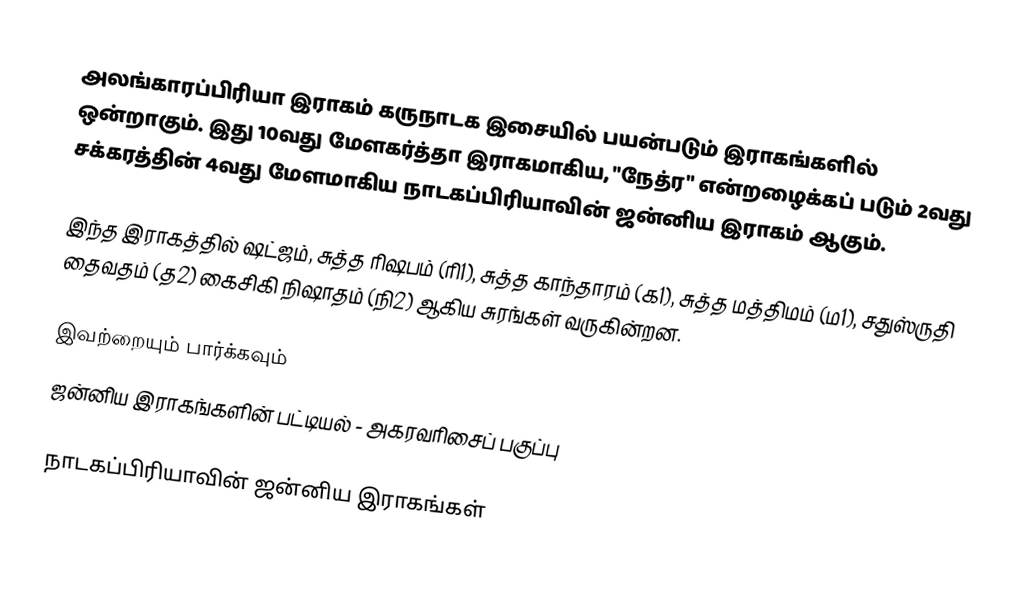
அலங்காரப்பிரியா இராகம் கருநாடக இசையில் பயன்படும் இராகங்களில் ஒன்றாகும். இது 10வது மேளகர்த்தா இராகமாகிய, "நேத்ர" என்றழைக்கப் படும் 2வது சக்கரத்தின் 4வது மேளமாகிய நாடகப்பிரியாவின் ஜன்னிய இராகம் ஆகும்.

இந்த இராகத்தில் ஷட்ஜம், சுத்த ரிஷபம் (ரி1),  சுத்த காந்தாரம் (க1), சுத்த மத்திமம் (ம1),  சதுஸ்ருதி தைவதம் (த2) கைசிகி நிஷாதம்  (நி2) ஆகிய சுரங்கள் வருகின்றன.

இவற்றையும் பார்க்கவும்
 ஜன்னிய இராகங்களின் பட்டியல் - அகரவரிசைப் பகுப்பு

நாடகப்பிரியாவின் ஜன்னிய இராகங்கள்